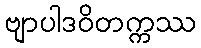
ဗျာပါဒဝိတက္ကဿ